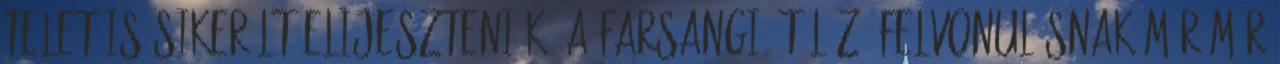
telet is sikerült elijeszteniük. A farsangi, télűző felvonulásnak már-már